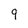
Character: 9